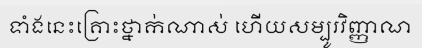
ទាំងនេះគ្រោះថ្នាក់ណាស់ ហើយសម្បូរវិញ្ញាណ